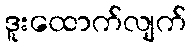
ဒူးထောက်လျက်